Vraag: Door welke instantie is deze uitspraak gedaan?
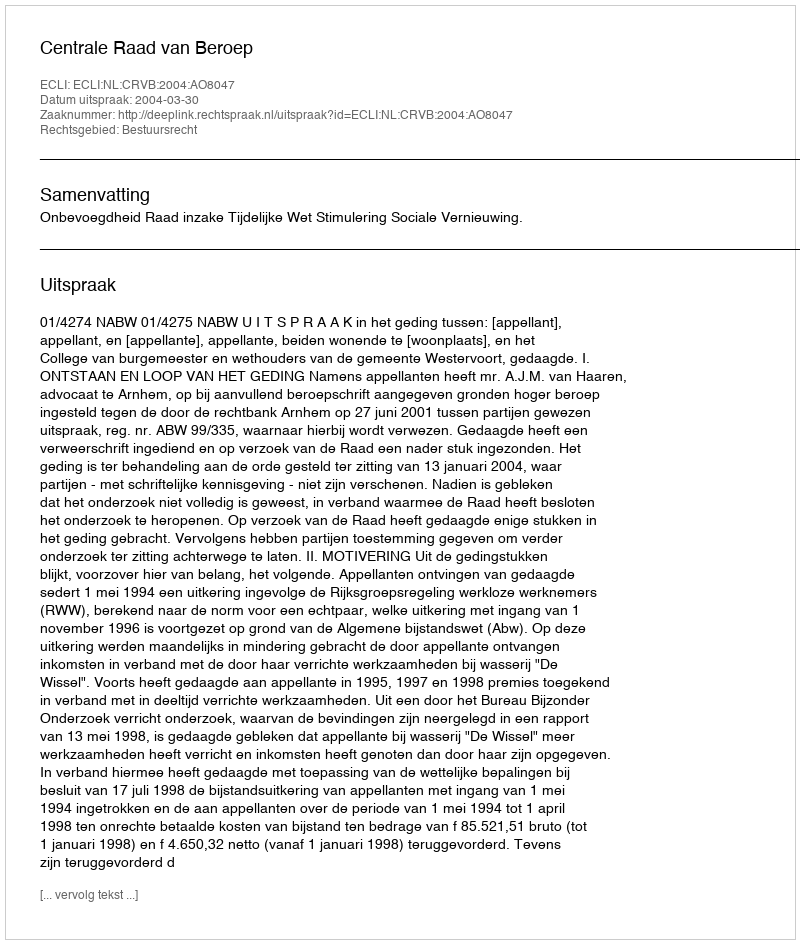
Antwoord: Centrale Raad van Beroep